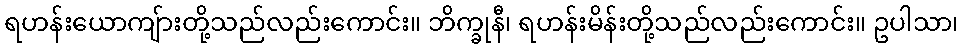
ရဟန်းယောကျ်ားတို့သည်လည်းကောင်း။ ဘိက္ခုနီ၊ ရဟန်းမိန်းတို့သည်လည်းကောင်း။ ဥပါသာ၊